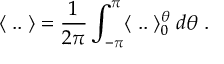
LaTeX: \langle \; . . \; \rangle = \frac { 1 } { 2 \pi } \int _ { - \pi } ^ { \pi } \langle \; . . \; \rangle _ { 0 } ^ { \theta } \; d \theta \; .